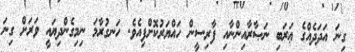
ގިނަ އަދަދެއްގެ ޢަރަބި ނަޞާރާއިންނާއި ފާރިސީން ހައްޔަރުކޮށްފިއެވެ. ހަނގުރާމަ ނިމިގެންދިޔައީ ވަރަށް ގިނަ